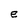
Character: e